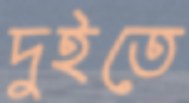
দুইতে